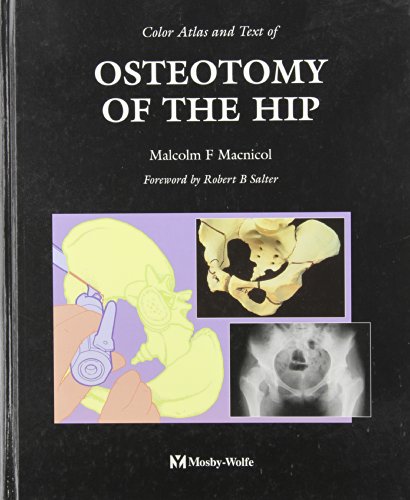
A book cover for Color Atlas And Text Of Osteotomy Of The Hip, 1e; Malcolm F. MacNicol BSc(Hons)  MCh  FRCS  FRCP  MB  ChB  FRCSEd(Ortho)  Dip Sports Med; Health, Fitness & Dieting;